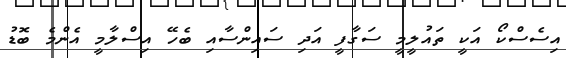
އިސެސްކޯ އަކީ ތައުލީމީ ސަގާފީ އަދި ސައިންސާއި ބެހޭ އިސްލާމީ އެންމެ ބޮޑު